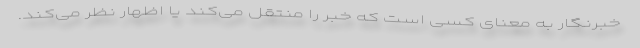
خبرنگار به معنای کسی است که خبر را منتقل می‌کند یا اظهار نظر می‌کند.